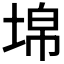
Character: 𡍈